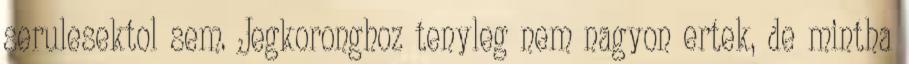
serulesektol sem. Jegkoronghoz tenyleg nem nagyon ertek, de mintha